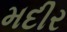
મદીર